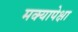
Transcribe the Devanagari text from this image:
मक्यापेक्षा